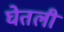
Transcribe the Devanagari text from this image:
घेेतली